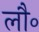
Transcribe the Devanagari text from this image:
लौ॰